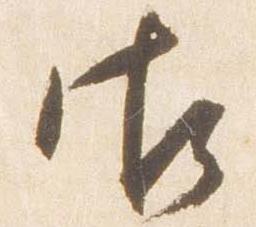
御